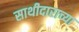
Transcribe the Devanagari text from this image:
साथीदाराच्या